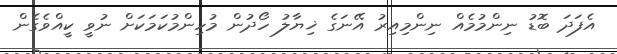
އެފަދަ ބޮޑު ނިންމުމެއް ނިންމިއިރު އޭނަގެ ޚިޔާލު ހޯދުން މުހިންމުކަމަކަށް ނުވީ ކީއްވެގެން